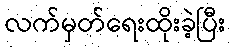
လက်မှတ်ရေးထိုးခဲ့ပြီး